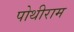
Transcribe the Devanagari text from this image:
पोथीराम